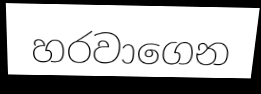
හරවාගෙන